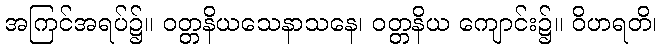
အကြင်အရပ်၌။ ဝတ္တနိယသေနာသနေ၊ ဝတ္တနိယ ကျောင်း၌။ ဝိဟရတိ၊